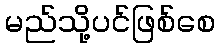
မည်သို့ပင်ဖြစ်စေ